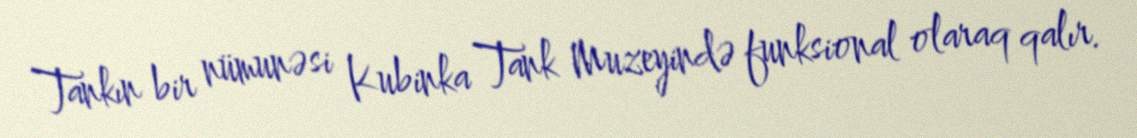
Tankın bir nümunəsi Kubinka Tank Muzeyində funksional olaraq qalır.